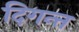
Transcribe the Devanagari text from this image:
दिगन्त